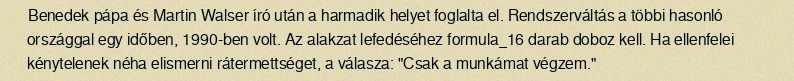
Benedek pápa és Martin Walser író után a harmadik helyet foglalta el. Rendszerváltás a többi hasonló országgal egy időben, 1990-ben volt. Az alakzat lefedéséhez formula_16 darab doboz kell. Ha ellenfelei kénytelenek néha elismerni rátermettséget, a válasza: "Csak a munkámat végzem."